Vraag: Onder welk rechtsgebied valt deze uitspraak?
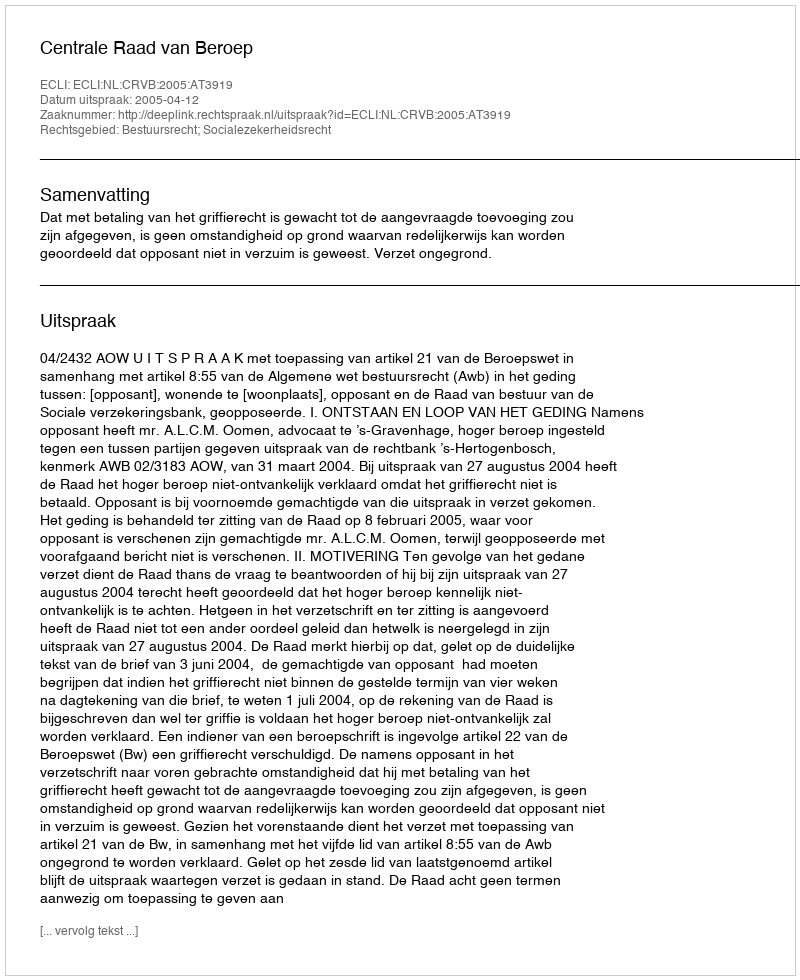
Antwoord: Bestuursrecht; Socialezekerheidsrecht